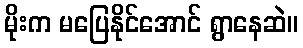
မိုးက မပြေနိုင်အောင် ရွာနေဆဲ။